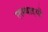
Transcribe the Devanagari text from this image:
लम्बाइयाँ